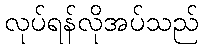
လုပ်ရန်လိုအပ်သည်